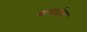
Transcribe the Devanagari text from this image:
बाणाईला